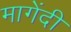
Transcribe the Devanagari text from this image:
मागेंदी